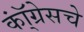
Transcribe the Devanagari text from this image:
कॉ्ंग्रेसचे